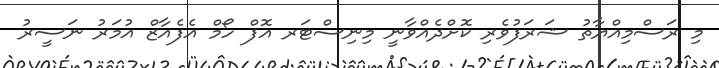
މި ރަސްމިއްޔާތު ޝަރަފުވެރި ކޮށްދެއްވާނީ މިނިސްޓަރ އޮފް ހޯމް އެފެއާޒް އުމަރު ނަސީރު